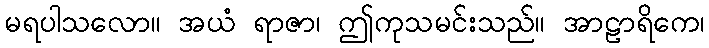
မရပါသလော။ အယံ ရာဇာ၊ ဤကုသမင်းသည်။ အာဠာရိကေ၊